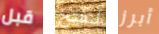
قبل لنفتح أبرز